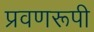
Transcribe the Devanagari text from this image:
प्रवणरूपी